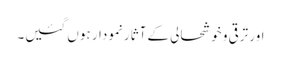
اور ترقی و خوشحالی کے آثار نمودار ہوں گئیں۔